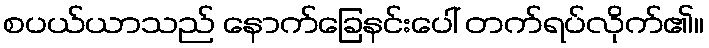
စပယ်ယာသည် နောက်ခြေနင်းပေါ် တက်ရပ်လိုက်၏။